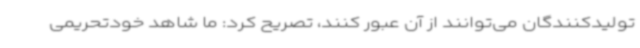
تولیدکنندگان می‌توانند از آن عبور کنند، تصریح کرد: ما شاهد خودتحریمی